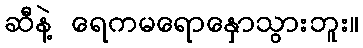
ဆီနဲ့ ရေကမရောနှောသွားဘူး။